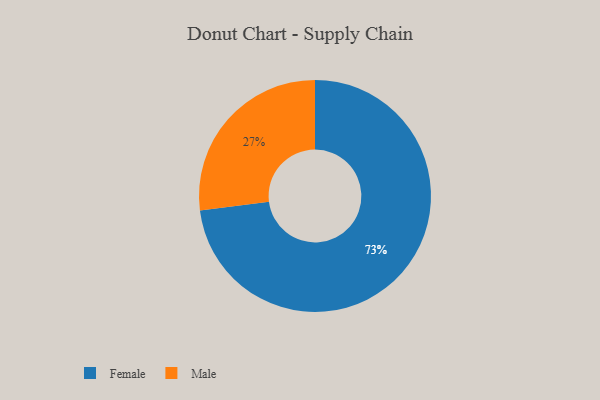
{"axis": {"x": "Category", "y": "Percentage"}, "legend": ["Female", "Male"], "data": [{"x": "Male", "y": 27, "type": "Male"}, {"x": "Female", "y": 73, "type": "Female"}]}